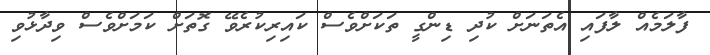
ފާލަމެއް ލާފައި އެތަނަށް ކުދި ޑިންގީ ތަކަށްވެސް ކައިރިކުރެވޭ ގޮތަށް ކަމަށްވެސް ވިދާޅުވި